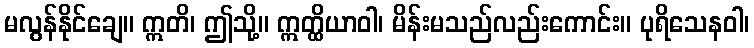
မလွန်နိုင်ချေ။ ဣတိ၊ ဤသို့။ ဣတ္ထိယာဝါ၊ မိန်းမသည်လည်းကောင်း။ ပုရိသေနဝါ၊